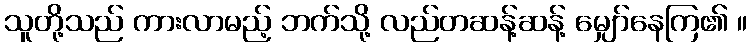
သူတို့သည် ကားလာမည့် ဘက်သို့ လည်တဆန့်ဆန့် မျှော်နေကြ၏ ။